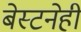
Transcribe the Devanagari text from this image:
बेस्टनेही